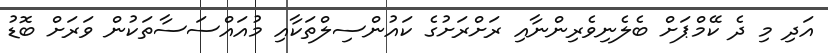
އަދި މި ދެ ކޭމްޕަށް ބެލެނިވެރިންނާއި ރަށްރަށުގެ ކައުންސިލްތަކާއި މުއައްސަސާތަކުން ވަރަށް ބޮޑު